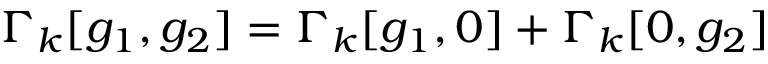
\Gamma _ { k } [ g _ { 1 } , g _ { 2 } ] = \Gamma _ { k } [ g _ { 1 } , 0 ] + \Gamma _ { k } [ 0 , g _ { 2 } ]